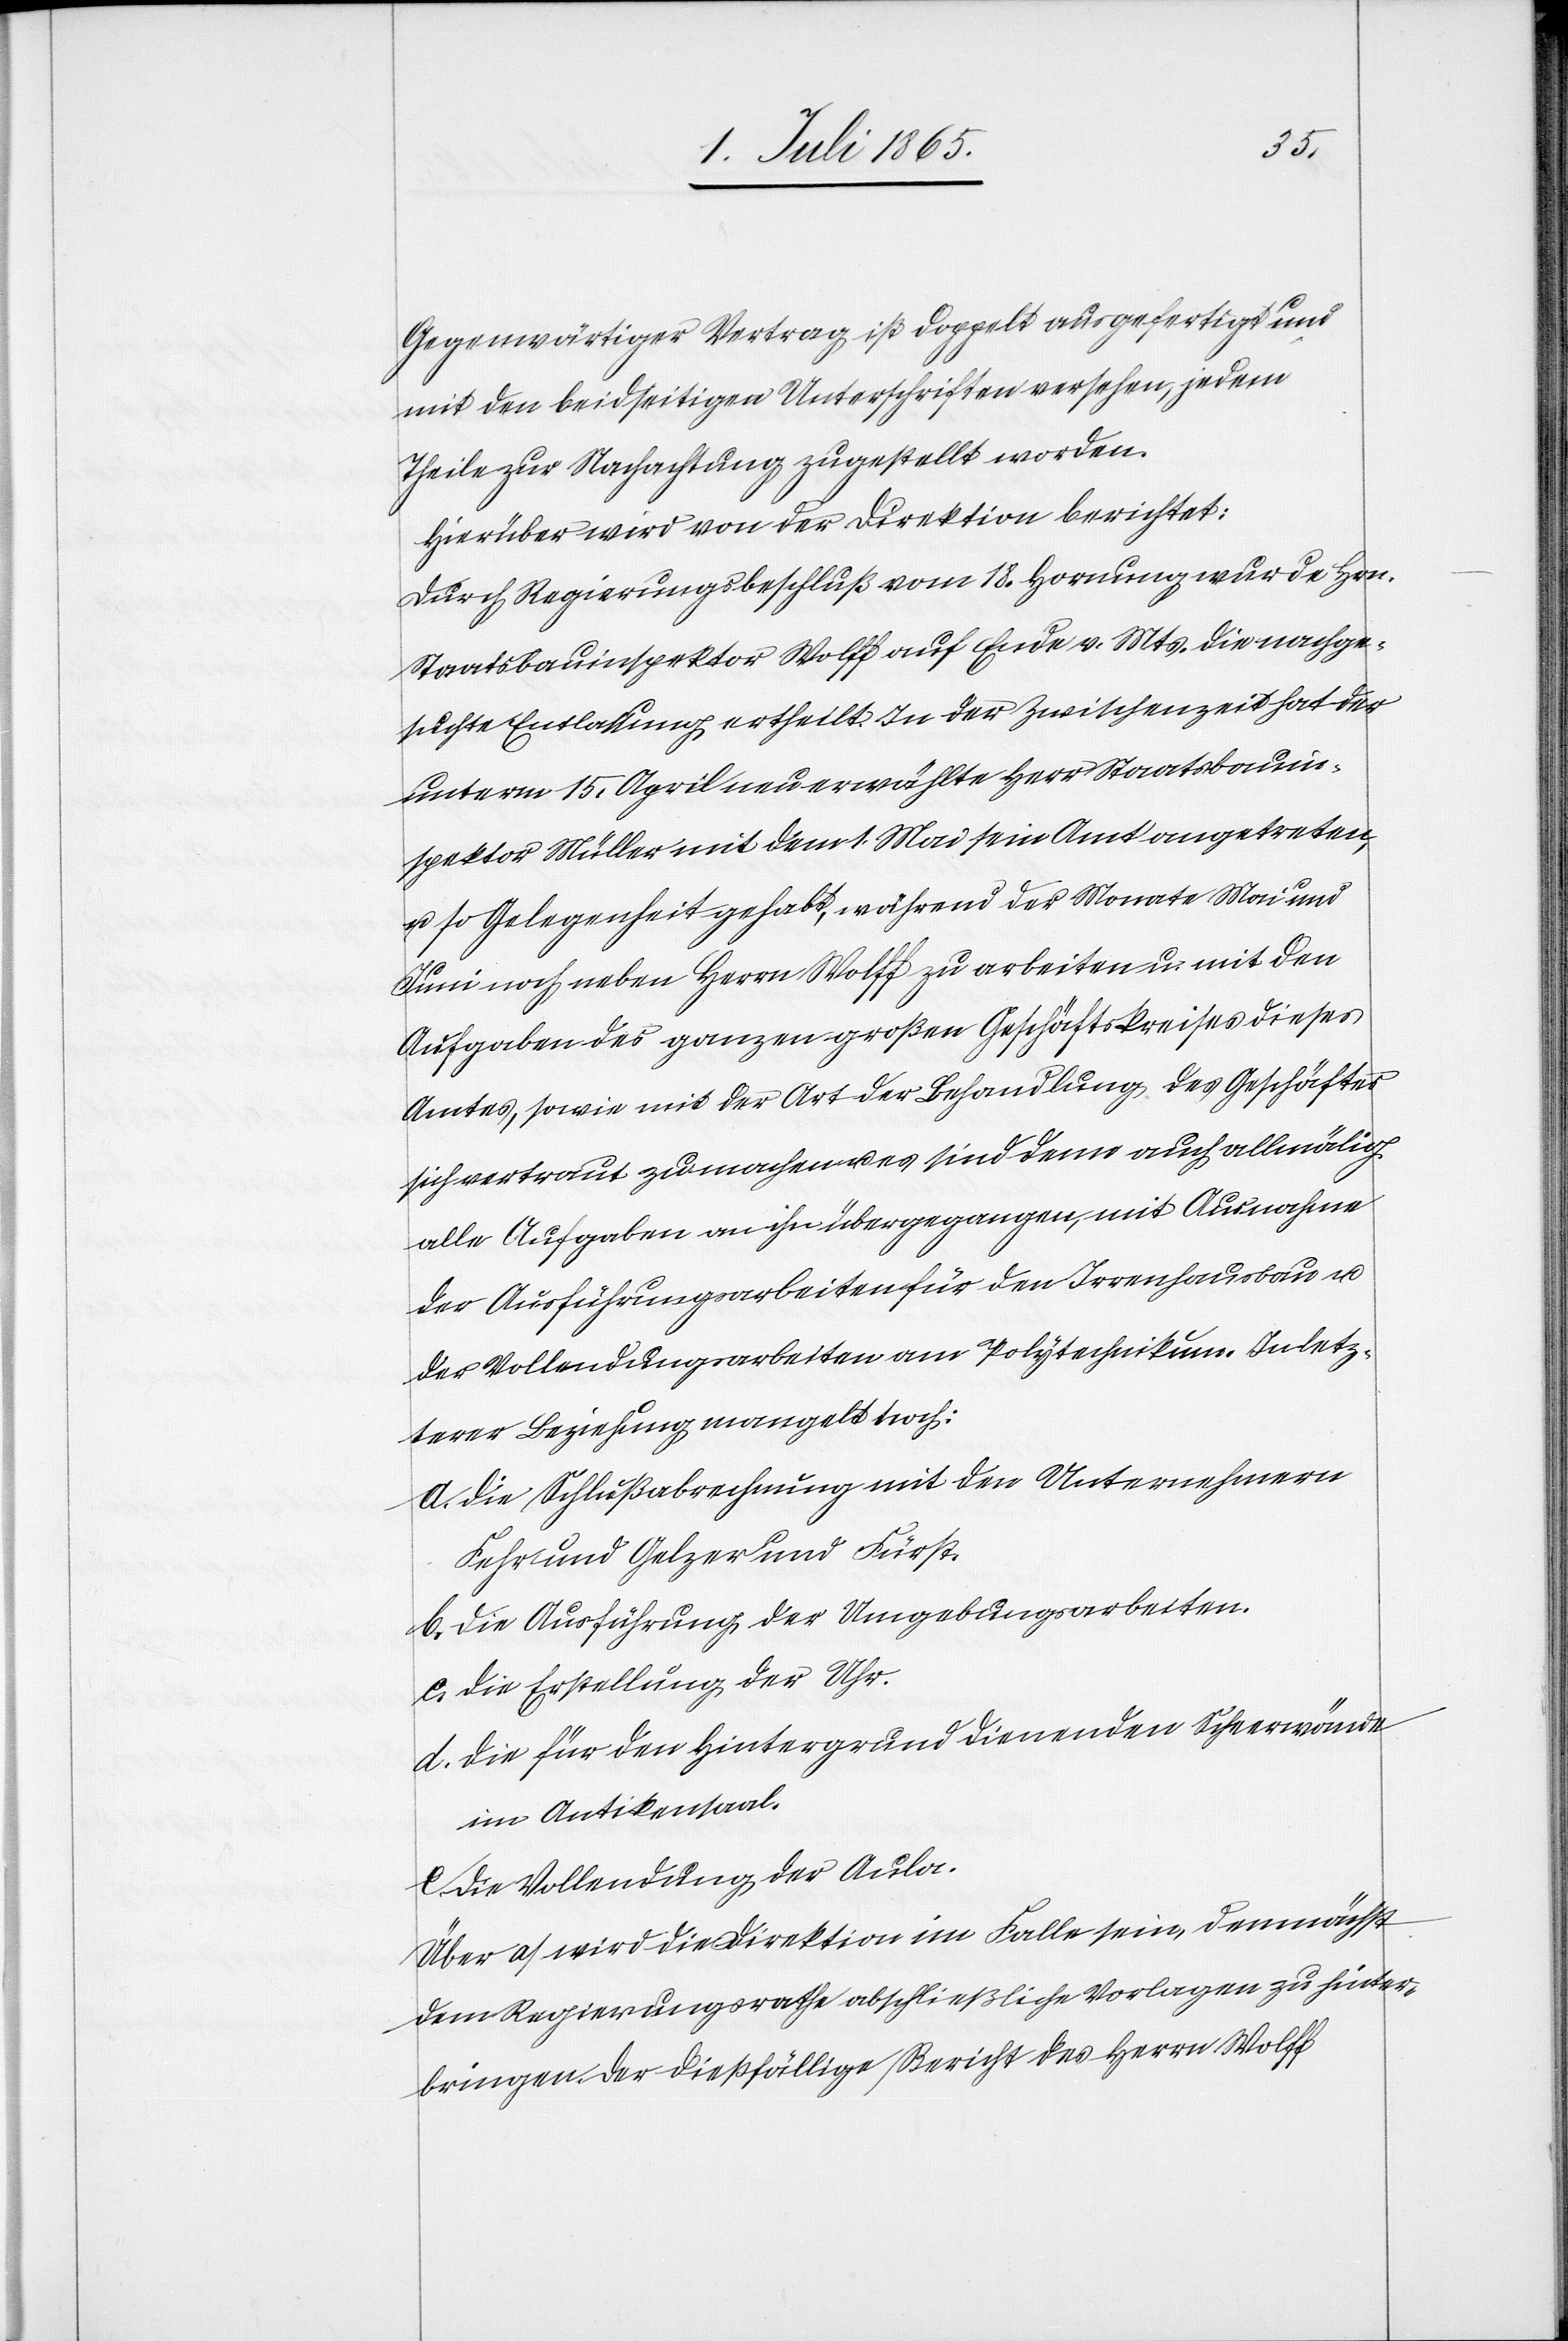
Gegenwärtiger Vertrag ist doppelt ausgefertigt und
mit den beidseitigen Unterschriften versehen, jedem
Theile zur Nachachtung zugestellt worden.
Hierüber wird von der Direktion berichtet:
Durch Regierungsbeschluß vom 18. Hornung wurde Hrn.
Staatsbauinspektor Wolff auf Ende v. Mts. die nachge¬
suchte Entlassung ertheilt. In der Zwischenzeit hat der
unterm 15. April neu erwählte Herr Staatsbauin¬
spektor Müller mit dem 1. Mai sein Amt angetreten,
u. so Gelegenheit gehabt, während der Monate Mai und
Juni noch neben Herrn Wolff zu arbeiten u. mit den
Aufgaben des ganzen großen Geschäftskreises dieses
Amtes, sowie mit der Art der Behandlung des Geschäftes
sich vertraut zu machen u. es sind denn auch allmälich
alle Aufgaben an ihn übergegangen, mit Ausnahme
der Ausführungsarbeiten für den Irrenhausbau u.
der Vollendungsarbeiten am Polytechnikum. In letz¬
terer Beziehung mangelt noch:
a. Die Schlußabrechnung mit den Unternehmern
Fehr und Gelzer und Fürst.
b. Die Ausführung der Umgebungsarbeiten.
c. Die Erstellung der Uhr.
d. Die für den Hintergrund dienenden Schwerwände
im Antikensaal.
e. Die Vollendung der Aula.
Über a) wird die Direktion im Falle sein, demnächst
dem Regierungsrathe abschließliche Vorlagen zu hinter¬
bringen. Der dießfällige Bericht des Herrn Wolff